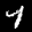
Label: 4